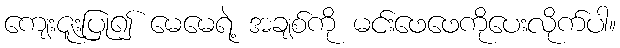
ကျေးဇူးပြု၍ မေမေရဲ့ အချစ်ကို မင်းဖေဖေကိုပေးလိုက်ပါ။